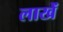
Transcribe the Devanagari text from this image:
लाखें